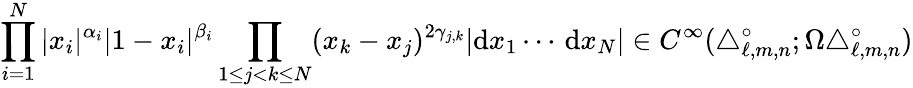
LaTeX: \prod_{i=1}^{N}|x_{i}|^{\alpha_{i}}|1-x_{i}|^{\beta_{i}}\prod_{1\leq j<k\leq N}(x_{k}-x_{j})^{2\gamma_{j,k}}|\mathrm{d}x_{1}\cdots\, \mathrm{d}x_{N}|\in C^{\infty}(\triangle_{\ell,m,n}^{\circ};\Omega\triangle_{\ell,m,n}^{\circ})